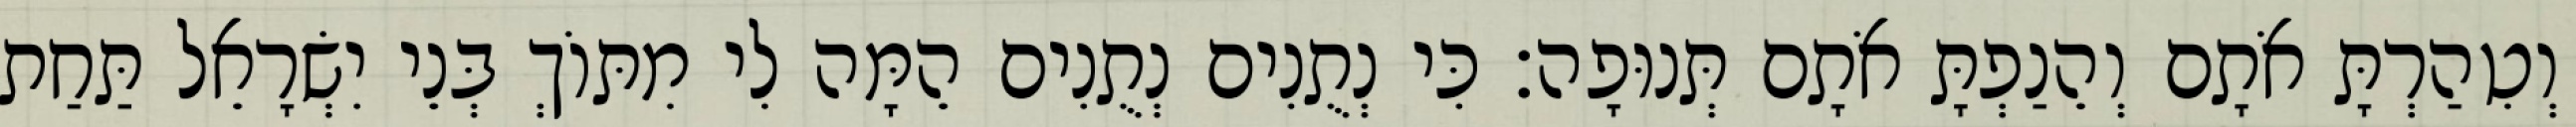
וְטִהַרְתָּ אֹתָם וְהֵנַפְתָּ אֹתָם תְּנוּפָה׃ כִּי נְתֻנִים נְתֻנִים הֵמָּה לִי מִתּוֹךְ בְּנֵי יִשְׂרָאֵל תַּחַת